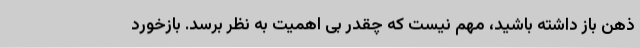
ذهن باز داشته باشید، مهم نیست که چقدر بی اهمیت به نظر برسد. بازخورد